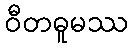
ဝီတဓူမဿ